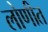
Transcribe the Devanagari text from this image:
लोणीत